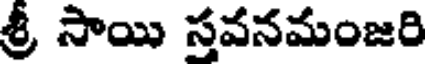
శ్రీ సాయి సవనమంజరి